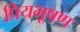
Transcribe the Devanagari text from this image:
प्रियभूषण